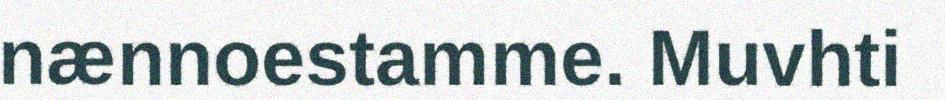
nænnoestamme. Muvhti